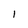
Character: 1